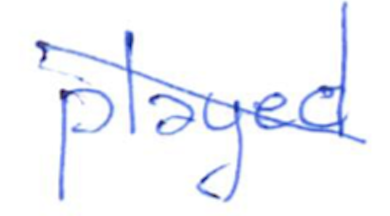
Text: played
Cross-out: diagonal
Writing tool: ballpoint